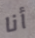
أنا